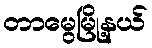
တာမွေမြို့နယ်